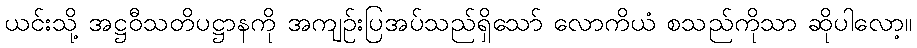
ယင်းသို့ အဋ္ဌဝီသတိပဋ္ဌာနကို အကျဉ်းပြအပ်သည်ရှိသော် လောကိယံ စသည်ကိုသာ ဆိုပါလော့။